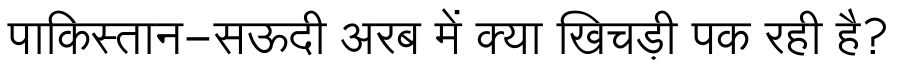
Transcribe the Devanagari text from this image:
पाकिस्तान-सऊदी अरब में क्या खिचड़ी पक रही है?